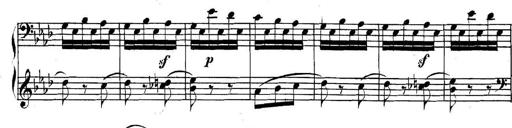
Title: Collected Piano Sonatas
Composer: Muzio Clementi